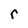
Character: r